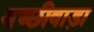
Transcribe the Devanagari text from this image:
मच्छीवाड़ा